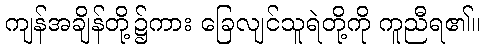
ကျန်အချိန်တို့၌ကား ခြေလျင်သူရဲတို့ကို ကူညီရ၏။